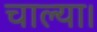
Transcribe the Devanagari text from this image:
चाल्या।